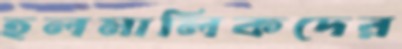
হলমালিকদের